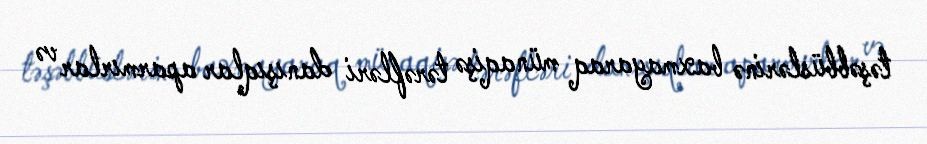
təşəbbüslərinə baxmayaraq münaqişə tərəfləri danışıqlar aparmırlar və